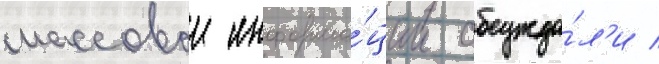
массовои информа́ции обсужда́л'и /